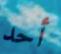
أحد